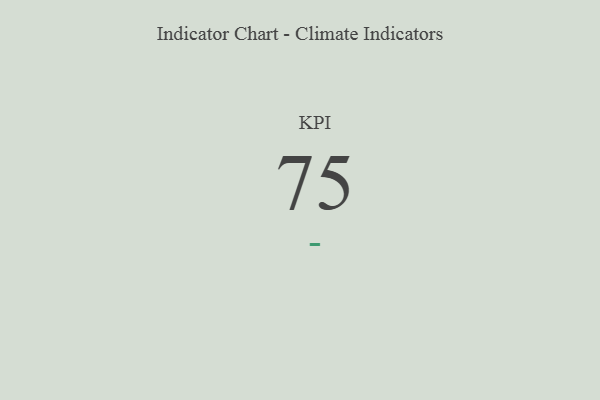
{"axis": {"x": "KPI", "y": "Value"}, "legend": [""], "data": [{"x": "KPI", "y": 75, "type": ""}]}